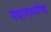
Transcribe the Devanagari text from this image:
नद्यानाल्यांच्या